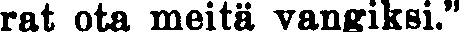
rat ota meitä vangiksi.''